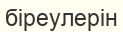
біреулерін